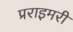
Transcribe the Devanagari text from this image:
प्रराइमरी